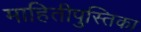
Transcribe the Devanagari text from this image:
माहितीपुस्तिका